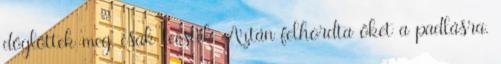
döglöttek meg, csak leestek. Aztán felhordta őket a padlásra.